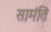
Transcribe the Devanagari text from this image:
सामंति